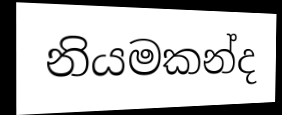
නියමකන්ද